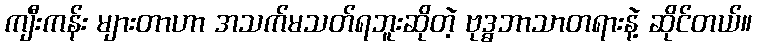
ကျီးကန်း များတာဟာ အသက်မသတ်ရဘူးဆိုတဲ့ ဗုဒ္ဓဘာသာတရားနဲ့ ဆိုင်တယ်။